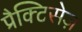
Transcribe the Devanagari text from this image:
प्रैक्टिसेज़